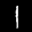
Label: 1